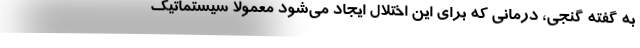
به گفته گنجی، درمانی که برای این اختلال ایجاد می‌شود معمولا سیستماتیک